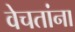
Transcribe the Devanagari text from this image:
वेचतांना